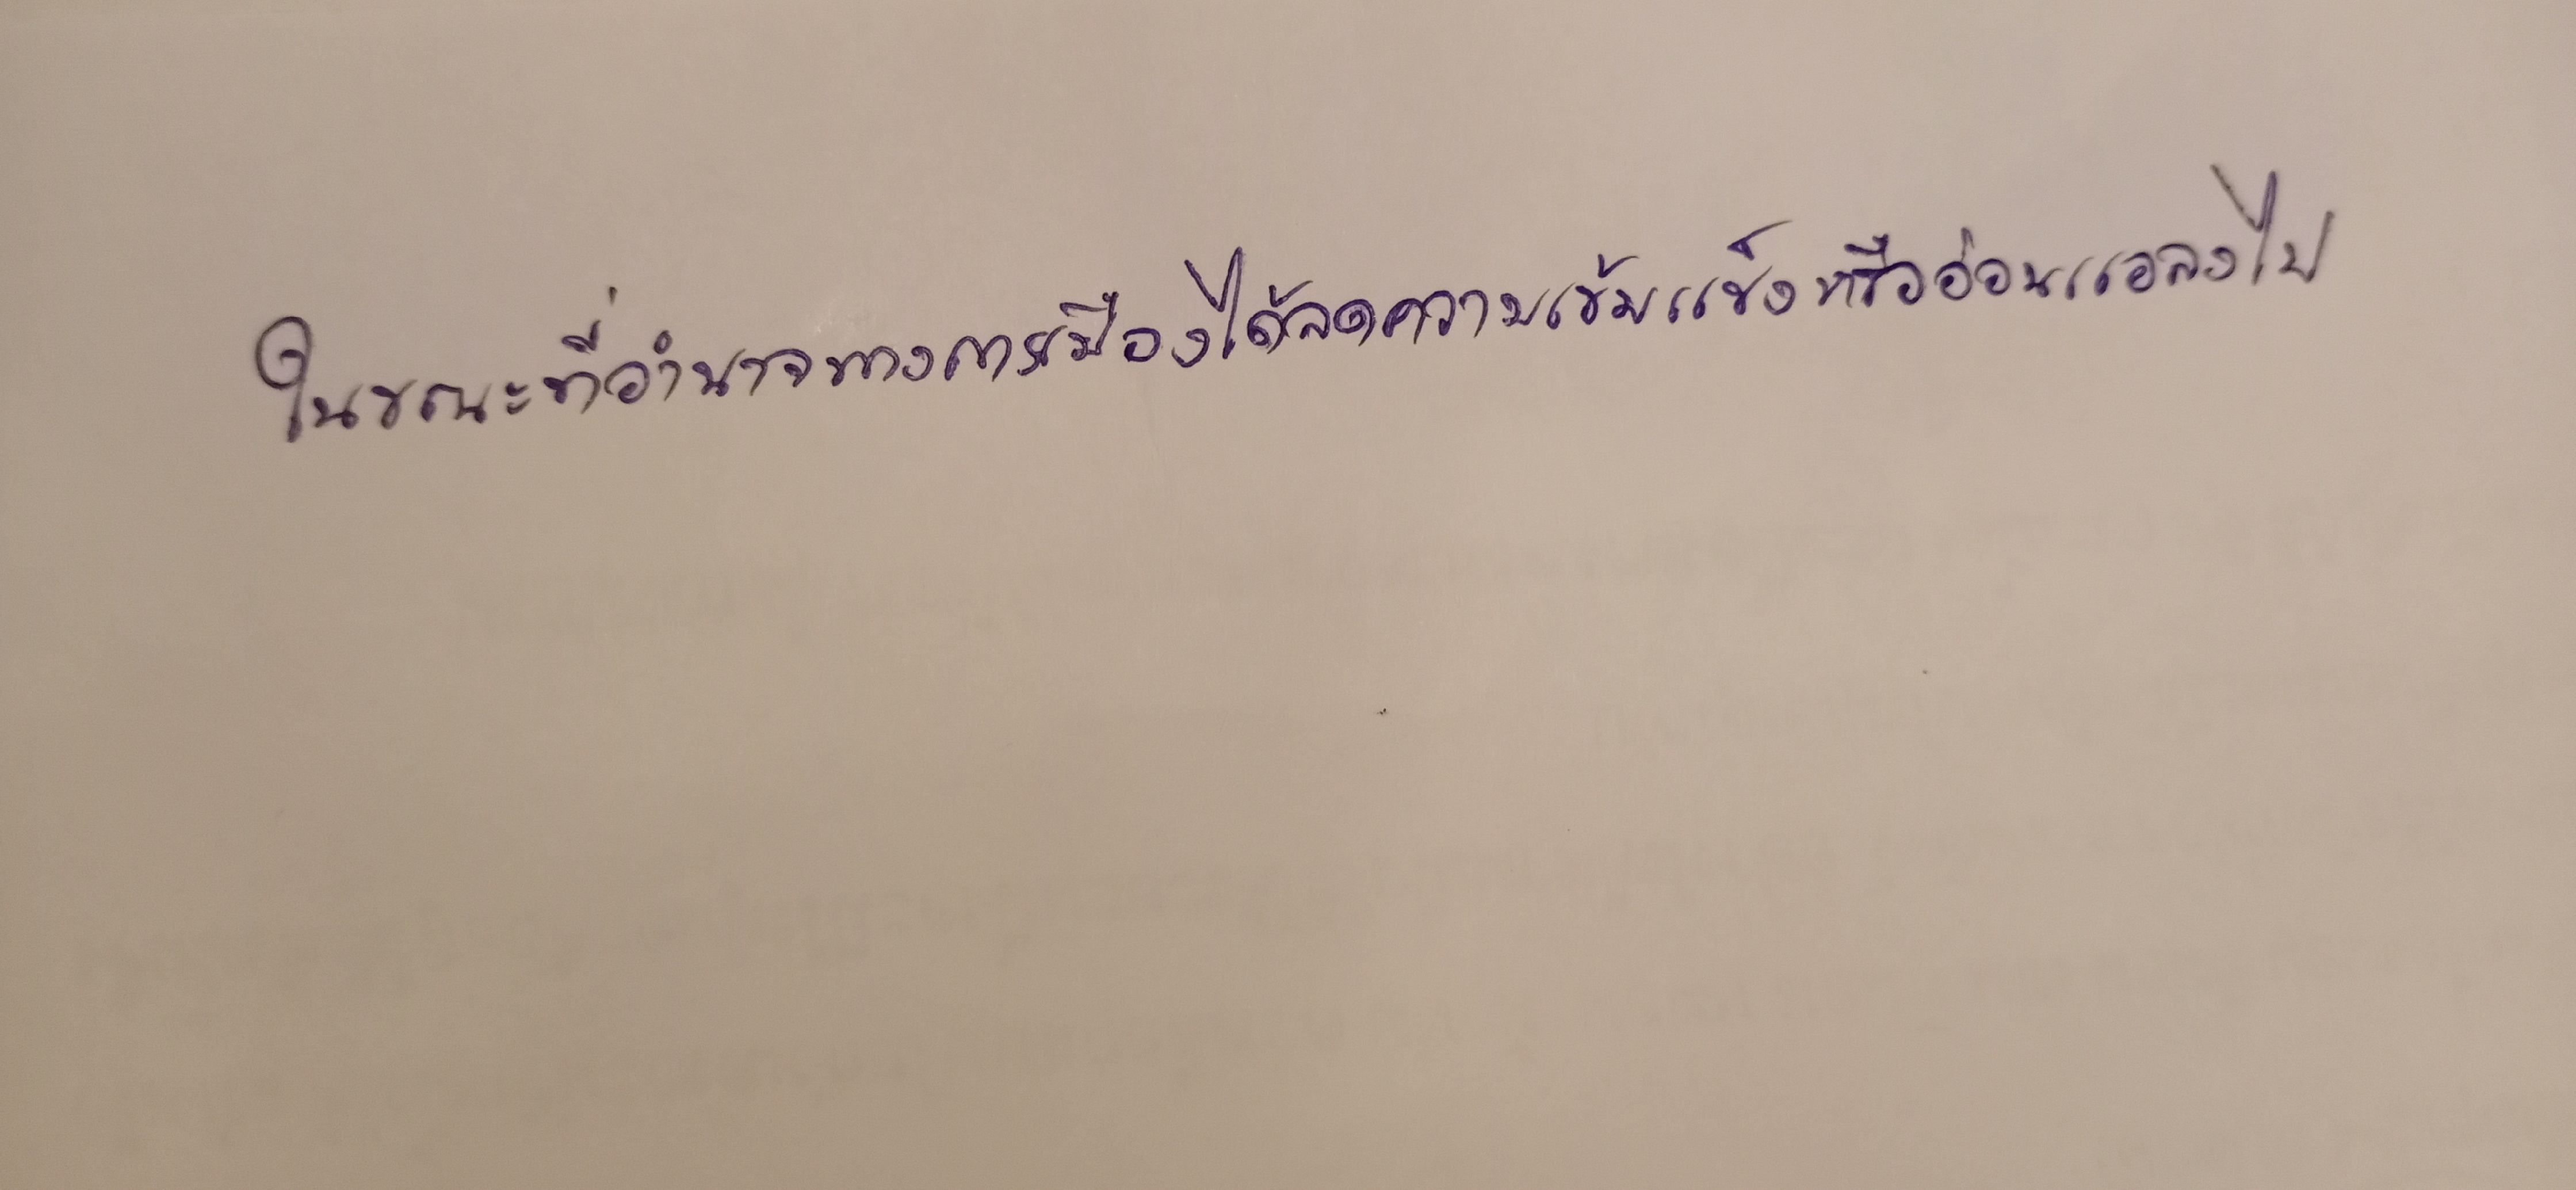
ในขณะที่อำนาจทางการเมืองได้ลดความเข้มแข็งหรืออ่อนแอลงไป